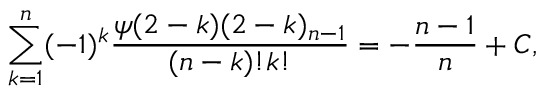
\sum _ { k = 1 } ^ { n } ( - 1 ) ^ { k } \frac { \psi ( 2 - k ) ( 2 - k ) _ { n - 1 } } { ( n - k ) ! k ! } = - \frac { n - 1 } { n } + C ,